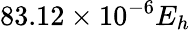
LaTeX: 83.12\times 10^{-6}E_{h}